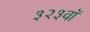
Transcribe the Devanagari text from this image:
३२३वॉ